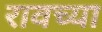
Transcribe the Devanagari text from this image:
रावच्या